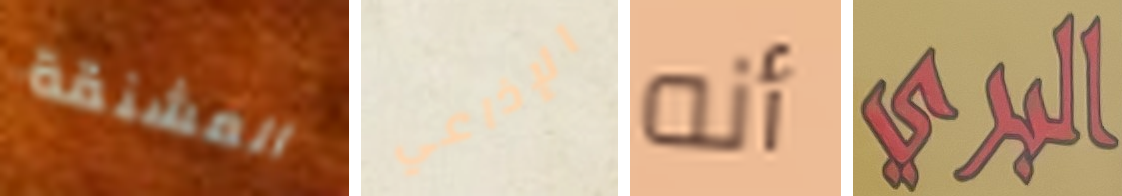
المشنقة الإذاعي أنه البري